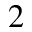
_ 2